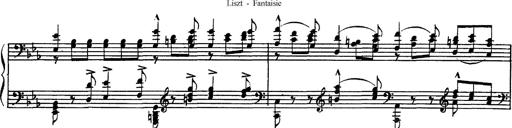
Title: Fantaisie sur des motifs favoris de l'opÃ©ra 'La sonnambula'
Composer: Franz Liszt